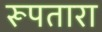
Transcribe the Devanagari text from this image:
रूपतारा